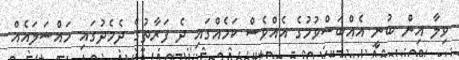
ވިލާ އިން ބުނީ އެއްބަސްވުމުގެ އެއްވެސް ކަމެއްގައި ދެ ފަރާތުގެ ދެމެދުގައި މައްސަލައެއް